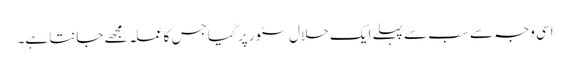
اسی وجہ سے سب سے پہلے ایک حلال سٹور پر گیا جس کا عملہ مجھے جانتا ہے۔